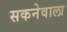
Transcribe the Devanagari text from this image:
सकनेवाला